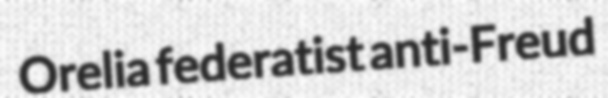
Orelia federatist anti-Freud